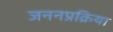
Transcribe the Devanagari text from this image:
जननप्रक्रिया